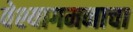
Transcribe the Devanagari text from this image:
वेश्यागमनाचा